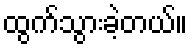
ထွက်သွားခဲ့တယ်။